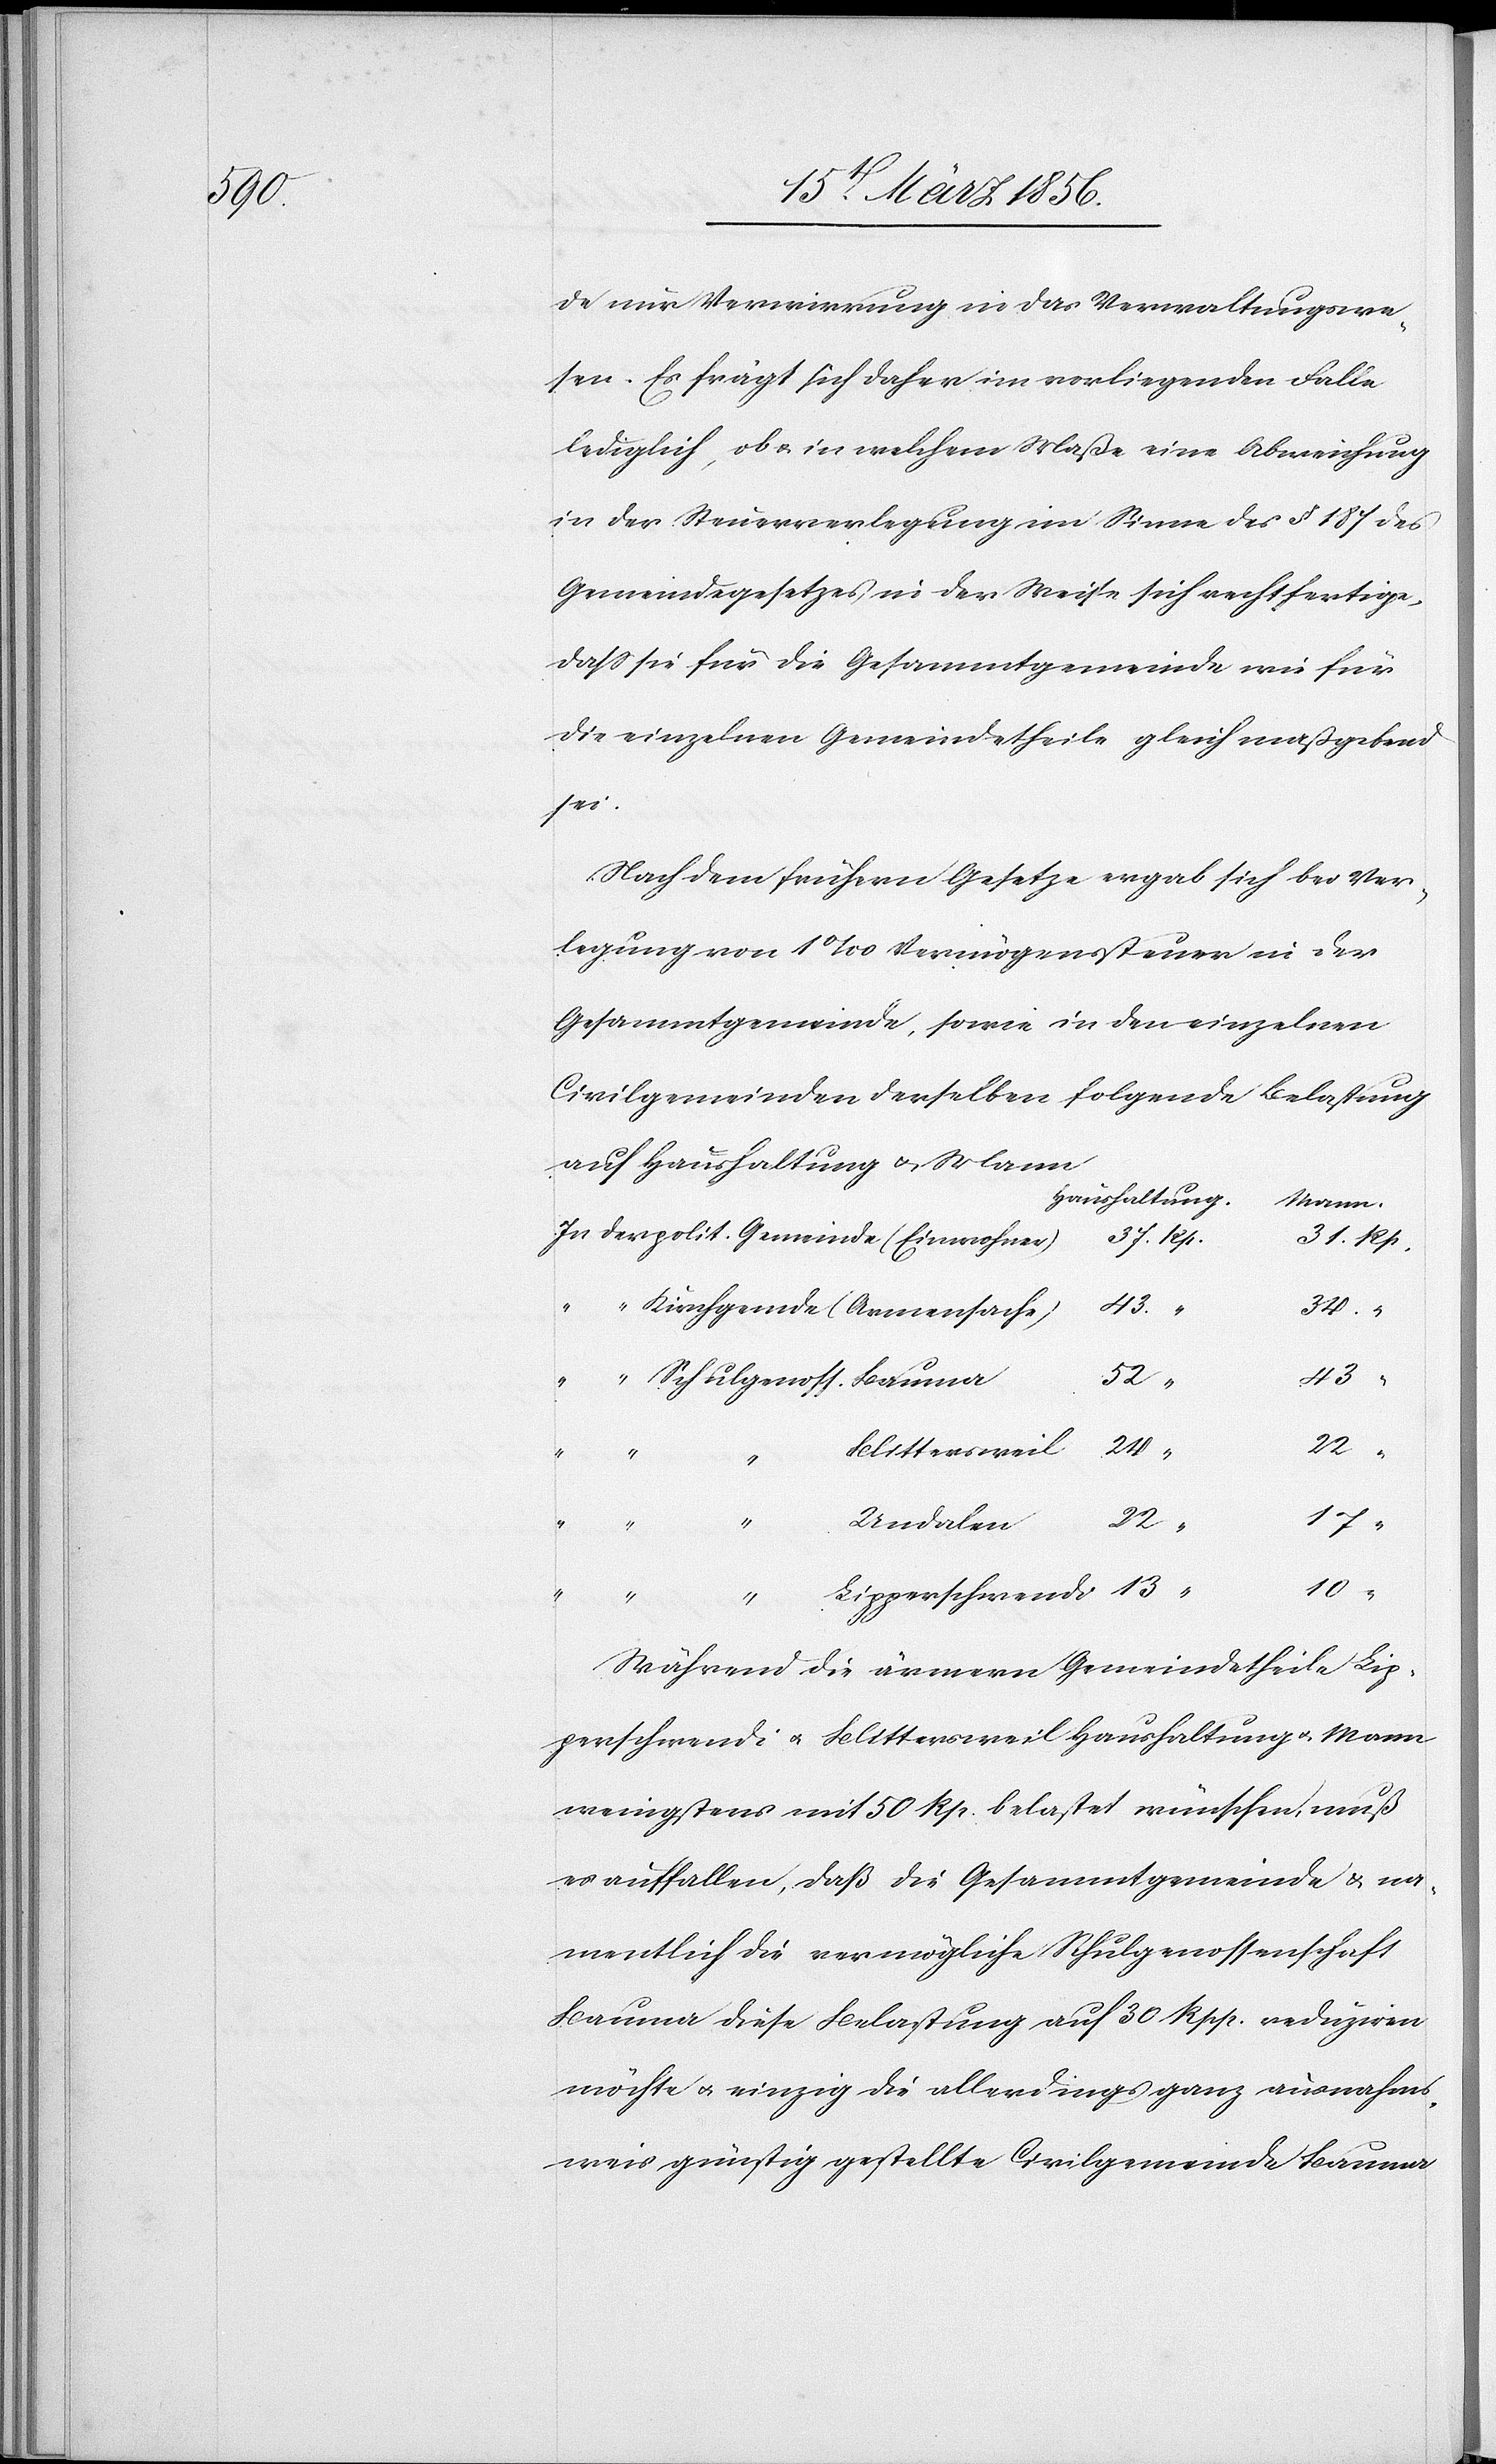
de nur Verwirrung in das Verwaltungswe¬
sen. Es frägt sich daher im vorliegenden Falle
lediglich, ob & in welchem Maße eine Abweichung
in der Steuerverlegung im Sinne des § 187 des
Gemeindegesetzes in der Weise sich rechtfertige,
daß sie für die Gesammtgemeinde wie für
die einzelnen Gemeindetheile gleich maßgebend
sei.
Nach dem frühern Gesetze ergab sich bei Ver¬
legung von 1‰ Vermögenssteuer in der
Gesammtgemeinde, sowie in den einzelnen
Civilgemeinden derselben folgende Belastung
auf Haushaltung & Mann
Haushaltung.
Kirchgemde (Armensache)
Blittersweil
lgenoss.
Undalen
22
13
wendi
“
10
Rp.
31.
Während die ärmern Gemeindetheile Lip¬
perschwendi u. Blittersweil Haushaltung u. Mann
wenigstens mit 50 Rp. belastet wünschen, muß
es auffallen, daß die Gesammtgemeinde & na¬
mentlich die vermögliche Schulgenossenschaft
Bauma diese Belastung auf 30 Rpp. reduziren
möchte u. einzig die allerdings ganz ausnahms¬
weis günstig gestellte Civilgemeinde Bauma